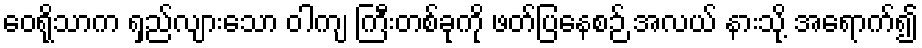
ဝေရိုသာက ရှည်လျားသော ဝါကျ ကြီးတစ်ခုကို ဖတ်ပြနေစဉ် အလယ် နားသို့ အရောက်၍